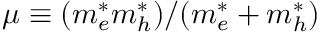
\mu \equiv ( m _ { e } ^ { * } m _ { h } ^ { * } ) / ( m _ { e } ^ { * } + m _ { h } ^ { * } )